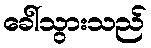
ခေါ်သွားသည်